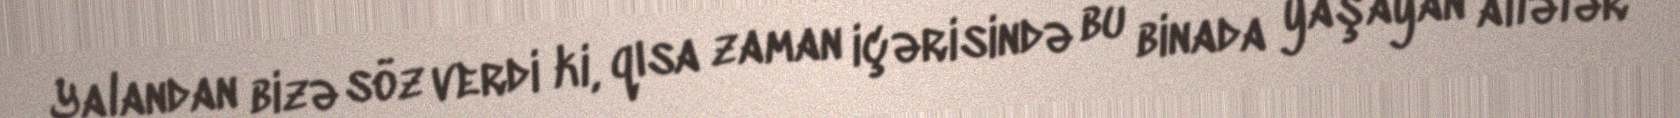
Yalandan bizə söz verdi ki, qısa zaman içərisində bu binada yaşayan ailələr